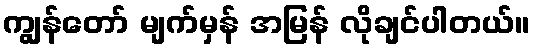
ကျွန်တော် မျက်မှန် အမြန် လိုချင်ပါတယ်။